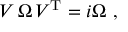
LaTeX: { \cal V } \, \Omega \, { \cal V } ^ { \mathrm { T } } = i \Omega \ ,